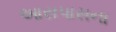
આસપાસના